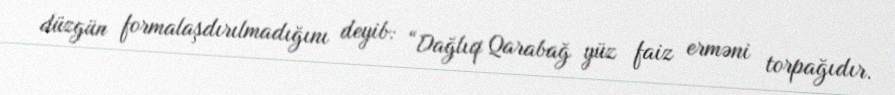
düzgün formalaşdırılmadığını deyib: “Dağlıq Qarabağ yüz faiz erməni torpağıdır.